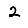
Digit: 2